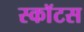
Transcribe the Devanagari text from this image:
स्काॅटस